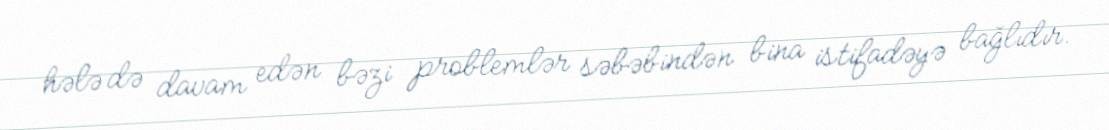
hələ də davam edən bəzi problemlər səbəbindən bina istifadəyə bağlıdır.